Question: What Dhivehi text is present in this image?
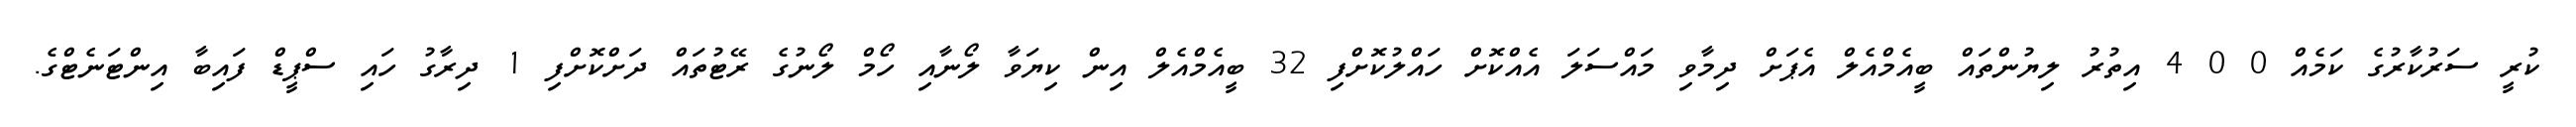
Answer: ކުރީ ސަރުކާރުގެ ކަމެއް 0 0 4 އިތުރު ލިޔުންތައް ބީއެމްއެލް އެޕަށް ދިމާވި މައްސަލަ އެއްކޮށް ހައްލުކޮށްފި 32 ބީއެމްއެލް އިން ކިޔަވާ ލޯނާއި ހޯމް ލޯނުގެ ރޭޓުތައް ދަށްކޮށްފި 1 ދިރާގު ހައި ސްޕީޑް ފައިބާ އިންޓަނެޓްގެ.